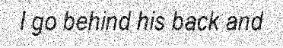
I go behind his back and